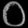
Digit: ၀